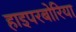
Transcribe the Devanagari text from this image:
हाइपरबोरिया